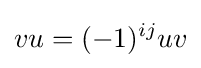
vu=(-1)^{ij}uv